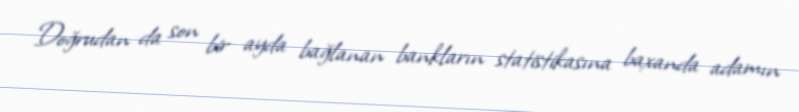
Doğrudan da son bir ayda bağlanan bankların statistikasına baxanda adamın